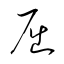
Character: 屈